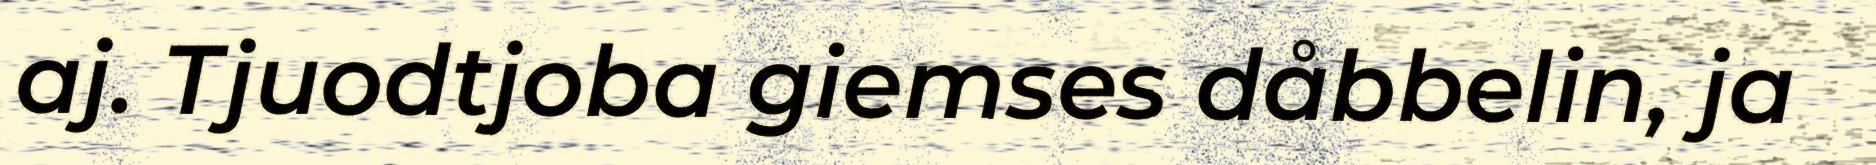
aj. Tjuodtjoba giemses dåbbelin, ja